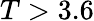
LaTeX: T>3.6